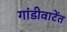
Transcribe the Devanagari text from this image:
गांडीवाटेंत